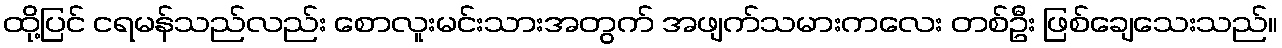
ထို့ပြင် ငရမန်သည်လည်း စောလူးမင်းသားအတွက် အဖျက်သမားကလေး တစ်ဦး ဖြစ်ချေသေးသည်။